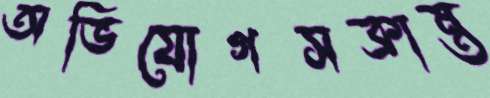
অভিযোগসক্রান্ত